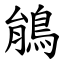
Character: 䳌